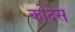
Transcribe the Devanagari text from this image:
कोदेस